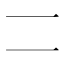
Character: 𠄠